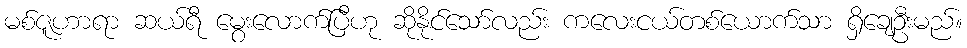
မစ်ဇူဟာရာ ဆယ်ရီ မွေးလောက်ပြီဟု ဆိုနိုင်သော်လည်း ကလေးငယ်တစ်ယောက်သာ ရှိချေဦးမည်။